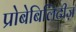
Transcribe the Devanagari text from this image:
प्रोबेबिलिटीज़